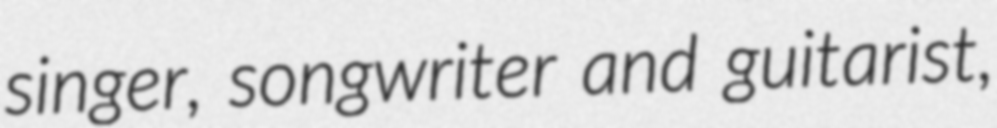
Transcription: singer, songwriter and guitarist,